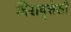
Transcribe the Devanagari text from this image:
त्रिरावृत्तेसी